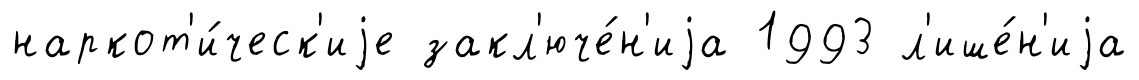
наркот'и́ческ'иjе закл'юче́н'иjа 1993 л'ише́н'иjа